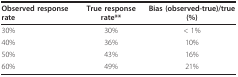
<table><thead><tr><td><b>Observed response rate</b></td><td><b>True response rate**</b></td><td><b>Bias (observed-true)/true (%)</b></td></tr></thead><tbody><tr><td>30%</td><td>30%</td><td>&lt; 1%</td></tr><tr><td>40%</td><td>36%</td><td>10%</td></tr><tr><td>50%</td><td>43%</td><td>16%</td></tr><tr><td>60%</td><td>49%</td><td>21%</td></tr></tbody></table>